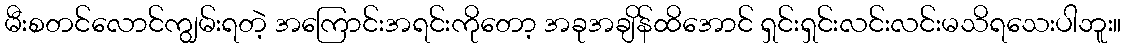
မီးစတင်လောင်ကျွမ်းရတဲ့ အကြောင်းအရင်းကိုတော့ အခုအချိန်ထိအောင် ရှင်းရှင်းလင်းလင်းမသိရသေးပါဘူး။